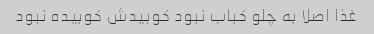
غذا اصلا به چلو کباب نبود کوبیدش کوبیده نبود